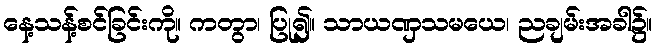
နေ့သန့်စင်ခြင်းကို။ ကတွာ၊ ပြု၍။ သာယဏှသမယေ၊ ညချမ်းအခါ၌။